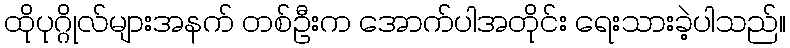
ထိုပုဂ္ဂိုလ်များအနက် တစ်ဦးက အောက်ပါအတိုင်း ရေးသားခဲ့ပါသည်။